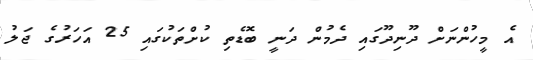
އެ މީހުންނަށް ދޫނިދޫގައި ދެމުން ދަނީ ބޮޑެތި ކުށްތަކުގައި 25 އަހަރުގެ ޖަލު